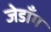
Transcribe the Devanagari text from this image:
जेडाँग